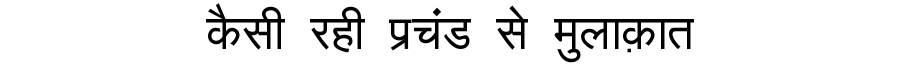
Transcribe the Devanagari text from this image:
कैसी रही प्रचंड से मुलाक़ात